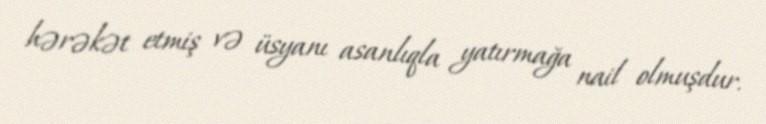
hərəkət etmiş və üsyanı asanlıqla yatırmağa nail olmuşdur.